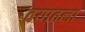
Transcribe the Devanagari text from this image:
वयातला